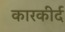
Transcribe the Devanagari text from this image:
कारकीर्द